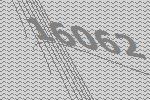
16062